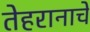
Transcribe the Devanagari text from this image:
तेहरानाचे